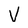
Character: V